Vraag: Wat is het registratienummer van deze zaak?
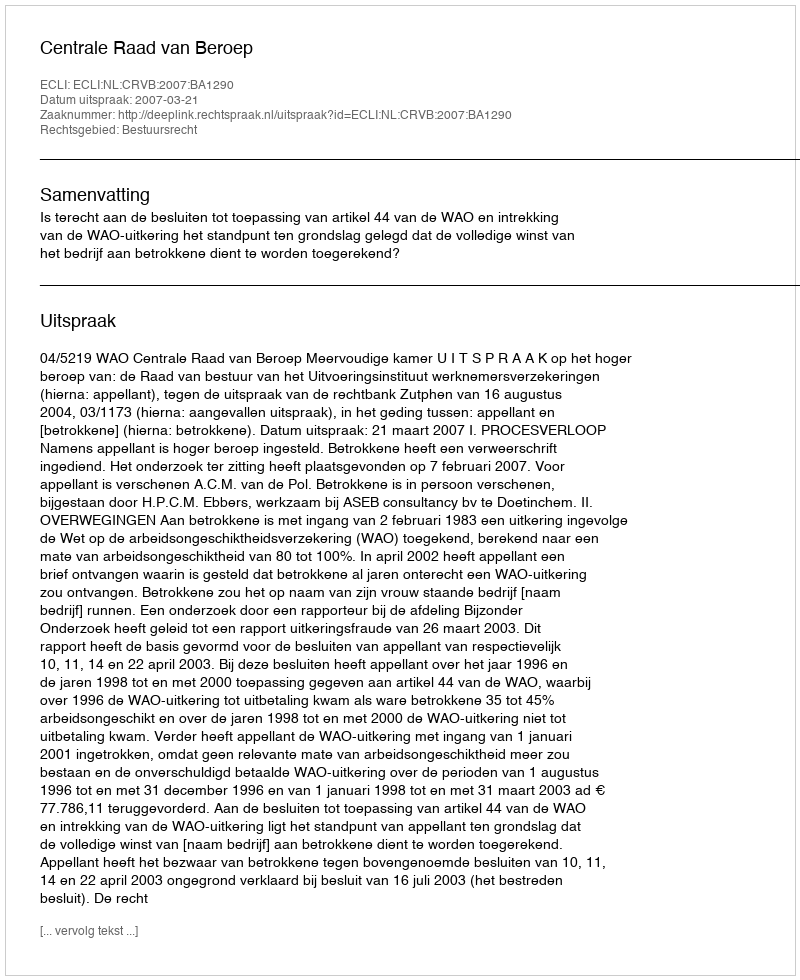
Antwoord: http://deeplink.rechtspraak.nl/uitspraak?id=ECLI:NL:CRVB:2007:BA1290